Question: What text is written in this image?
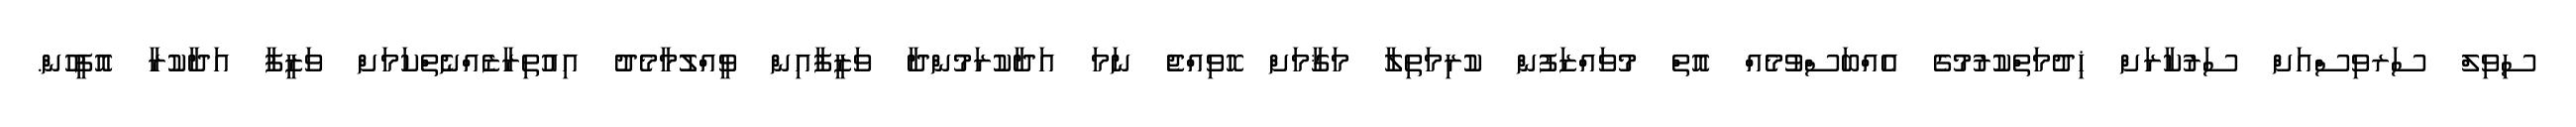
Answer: ސިވިލް ސަރވިސްއަށް ސަރުކާރަށް ޚިދުމަތްކުރުމުގެ އެއްބަސްވުމެއް އޮތް މުވައްޒަފުން ކުރިމަތިލާ މަޤާމަށް ހޮވިއްޖެ ނަމަ އަދާކުރަމުންދާ ވަޒީފާއިން ވީއްލުމާމެދު އިއުތިރާޒެއްނެތްކަމަށް ވަޒީފާ އަދާކުރާ އޮފީހުން.